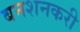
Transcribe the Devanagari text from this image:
बनशनकरी